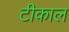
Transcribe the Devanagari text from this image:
टीकाल